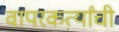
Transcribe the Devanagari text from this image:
वापरकर्त्यांची